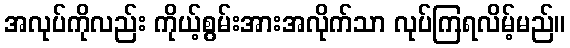
အလုပ်ကိုလည်း ကိုယ့်စွမ်းအားအလိုက်သာ လုပ်ကြရလိမ့်မည်။